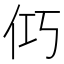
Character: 𮯺